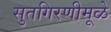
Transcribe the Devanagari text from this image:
सुतगिरणीमूळे